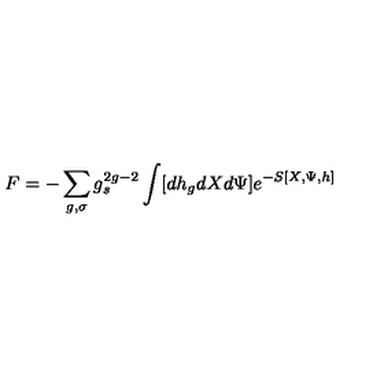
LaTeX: F = - \sum _ { g , \sigma } g _ { s } ^ { 2 g - 2 } \int [ d h _ { g } d X d \Psi ] e ^ { - S [ X , \Psi , h ] }